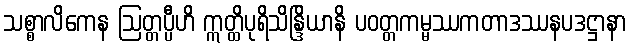
သစ္စာလိကေန ဩတ္တပ္ပီဟိ ဣတ္ထိပုရိသိန္ဒြိယာနိ ပဝတ္တကမ္မဿကတာဒဿနပဒဋ္ဌာနာ